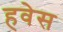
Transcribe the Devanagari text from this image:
हवेस